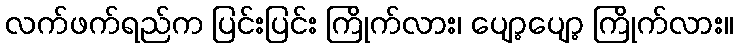
လက်ဖက်ရည်က ပြင်းပြင်း ကြိုက်လား၊ ပျော့ပျော့ ကြိုက်လား။